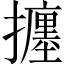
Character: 𢷹